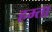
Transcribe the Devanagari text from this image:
हम्ता